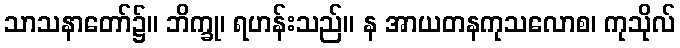
သာသနာတော်၌။ ဘိက္ခု၊ ရဟန်းသည်။ န အာယတနကုသလောစ၊ ကုသိုလ်